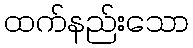
ထက်နည်းသော